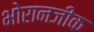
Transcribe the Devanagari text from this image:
भोरानजीक